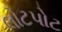
લોટપોટ